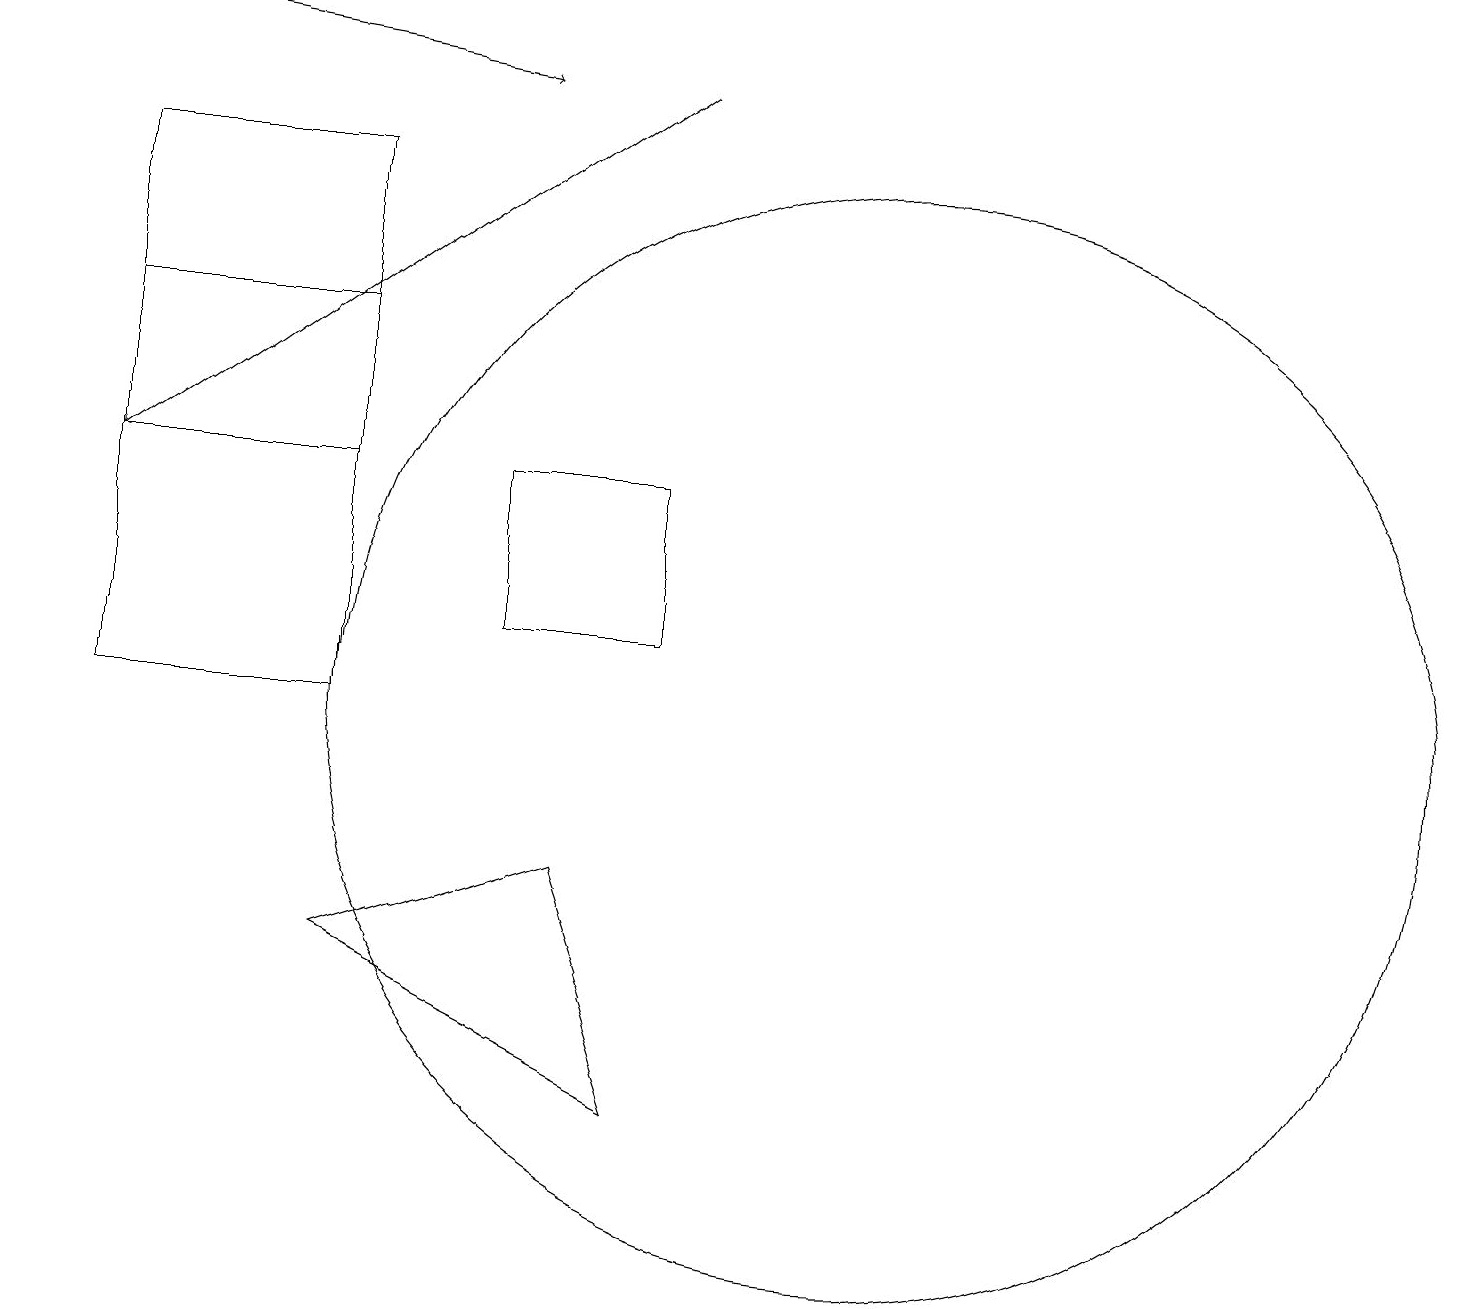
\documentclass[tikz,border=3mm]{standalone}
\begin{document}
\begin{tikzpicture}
\draw (12,10) circle (7);
\draw (9,11) rectangle (7,13);
\draw[->] (9,18) -- (2,13);
\draw (2,10) rectangle (5,17);
\draw (8,8) -- (5,7) -- (9,5) -- cycle;
\draw[->] (1,19) -- (7,18);
\draw (2,13) rectangle (5,15);
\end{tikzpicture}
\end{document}